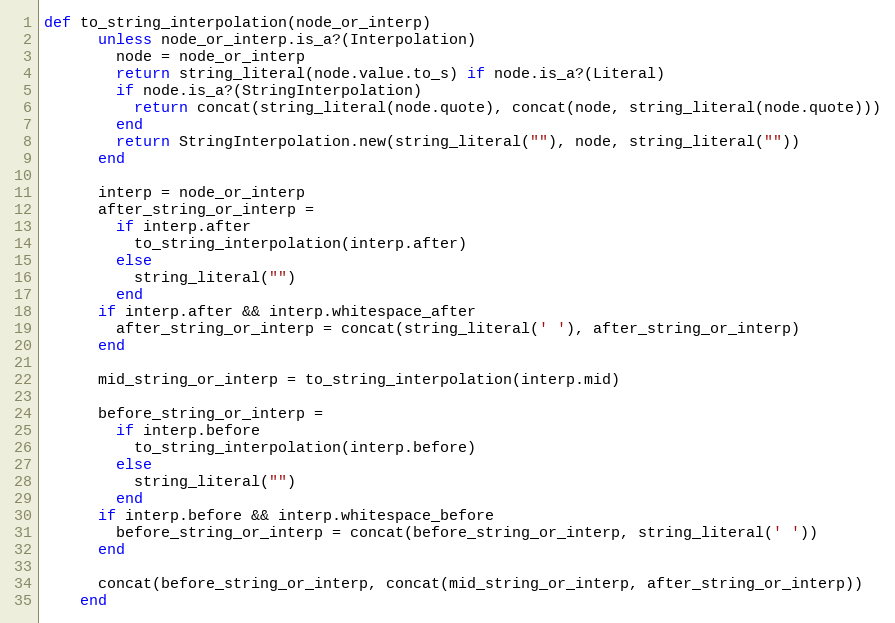
Language: Ruby
def to_string_interpolation(node_or_interp)
      unless node_or_interp.is_a?(Interpolation)
        node = node_or_interp
        return string_literal(node.value.to_s) if node.is_a?(Literal)
        if node.is_a?(StringInterpolation)
          return concat(string_literal(node.quote), concat(node, string_literal(node.quote)))
        end
        return StringInterpolation.new(string_literal(""), node, string_literal(""))
      end

      interp = node_or_interp
      after_string_or_interp =
        if interp.after
          to_string_interpolation(interp.after)
        else
          string_literal("")
        end
      if interp.after && interp.whitespace_after
        after_string_or_interp = concat(string_literal(' '), after_string_or_interp)
      end

      mid_string_or_interp = to_string_interpolation(interp.mid)

      before_string_or_interp =
        if interp.before
          to_string_interpolation(interp.before)
        else
          string_literal("")
        end
      if interp.before && interp.whitespace_before
        before_string_or_interp = concat(before_string_or_interp, string_literal(' '))
      end

      concat(before_string_or_interp, concat(mid_string_or_interp, after_string_or_interp))
    end